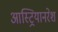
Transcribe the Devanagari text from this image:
आस्ट्रियानरेश